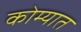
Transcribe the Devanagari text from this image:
कोम्यात